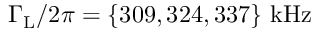
\Gamma _ { \mathrm { L } } / 2 \pi = \mathrm { \{ 3 0 9 , 3 2 4 , 3 3 7 \} ~ k H z }